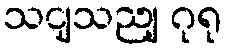
သငျသညျ ဂုရု